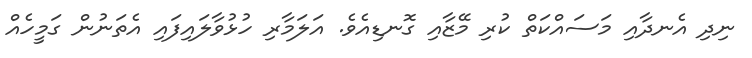
ނިދި އެނދާއި މަސައްކަތް ކުރި މޭޒާއި ގޮނޑިއެވެ. އަލަމާރި ހުޅުވާލައިފައި އެތަނުން ގަމީހެއް